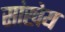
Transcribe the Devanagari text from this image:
सांखेय